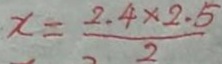
x = \frac { 2 . 4 \times 2 . 5 } { 2 }